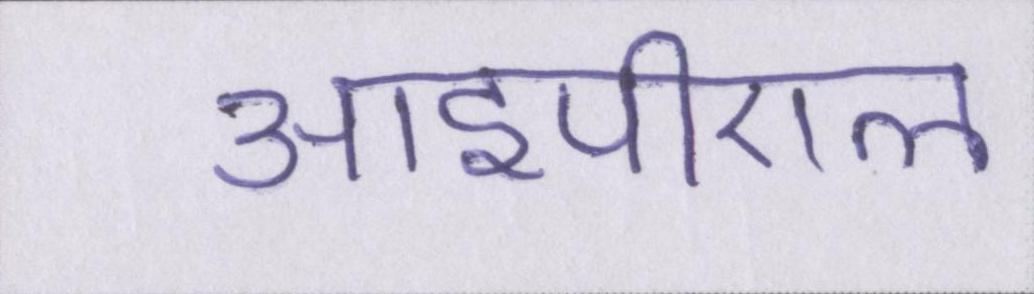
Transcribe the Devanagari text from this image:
आईपीएल